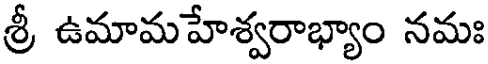
శ్రీ ఉమామహేశ్వరాభ్యాం నమః